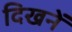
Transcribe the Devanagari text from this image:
दिखनें